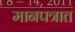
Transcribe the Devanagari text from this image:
मानपत्रात